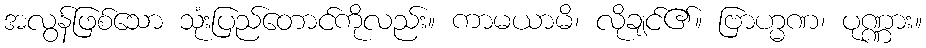
အလွန်ဖြစ်သော သုံးပြည်တောင်ကိုလည်း။ ကာမယာမိ၊ လိုချင်၏။ ဗြာဟ္မဏ၊ ပုဏ္ဏား။